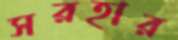
সরহার